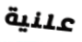
علنية